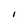
Character: I